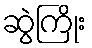
ဆွဲကြိုး